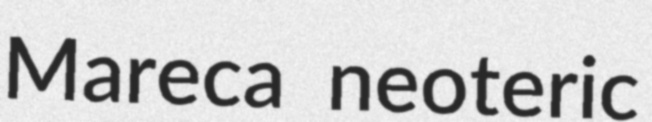
Mareca neoteric